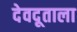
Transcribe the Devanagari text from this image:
देवदूताला